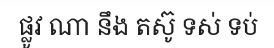
ផ្លូវ ណា នឹង តស៊ូ ទស់ ទប់